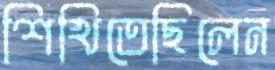
শিখিতেছিলেন